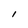
Character: I